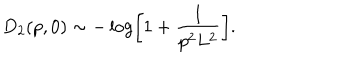
LaTeX: D _ { 2 } ( p , 0 ) \sim - \log \left[ 1 + \frac { 1 } { p ^ { 2 } L ^ { 2 } } \right] .